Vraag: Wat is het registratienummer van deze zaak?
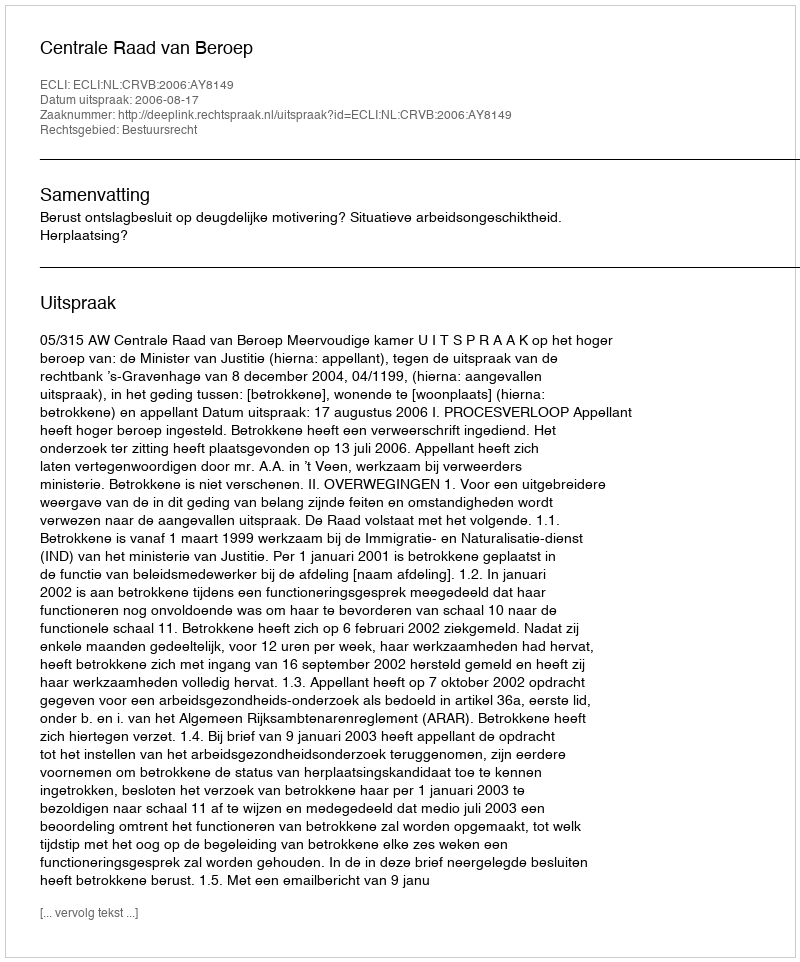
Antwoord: http://deeplink.rechtspraak.nl/uitspraak?id=ECLI:NL:CRVB:2006:AY8149